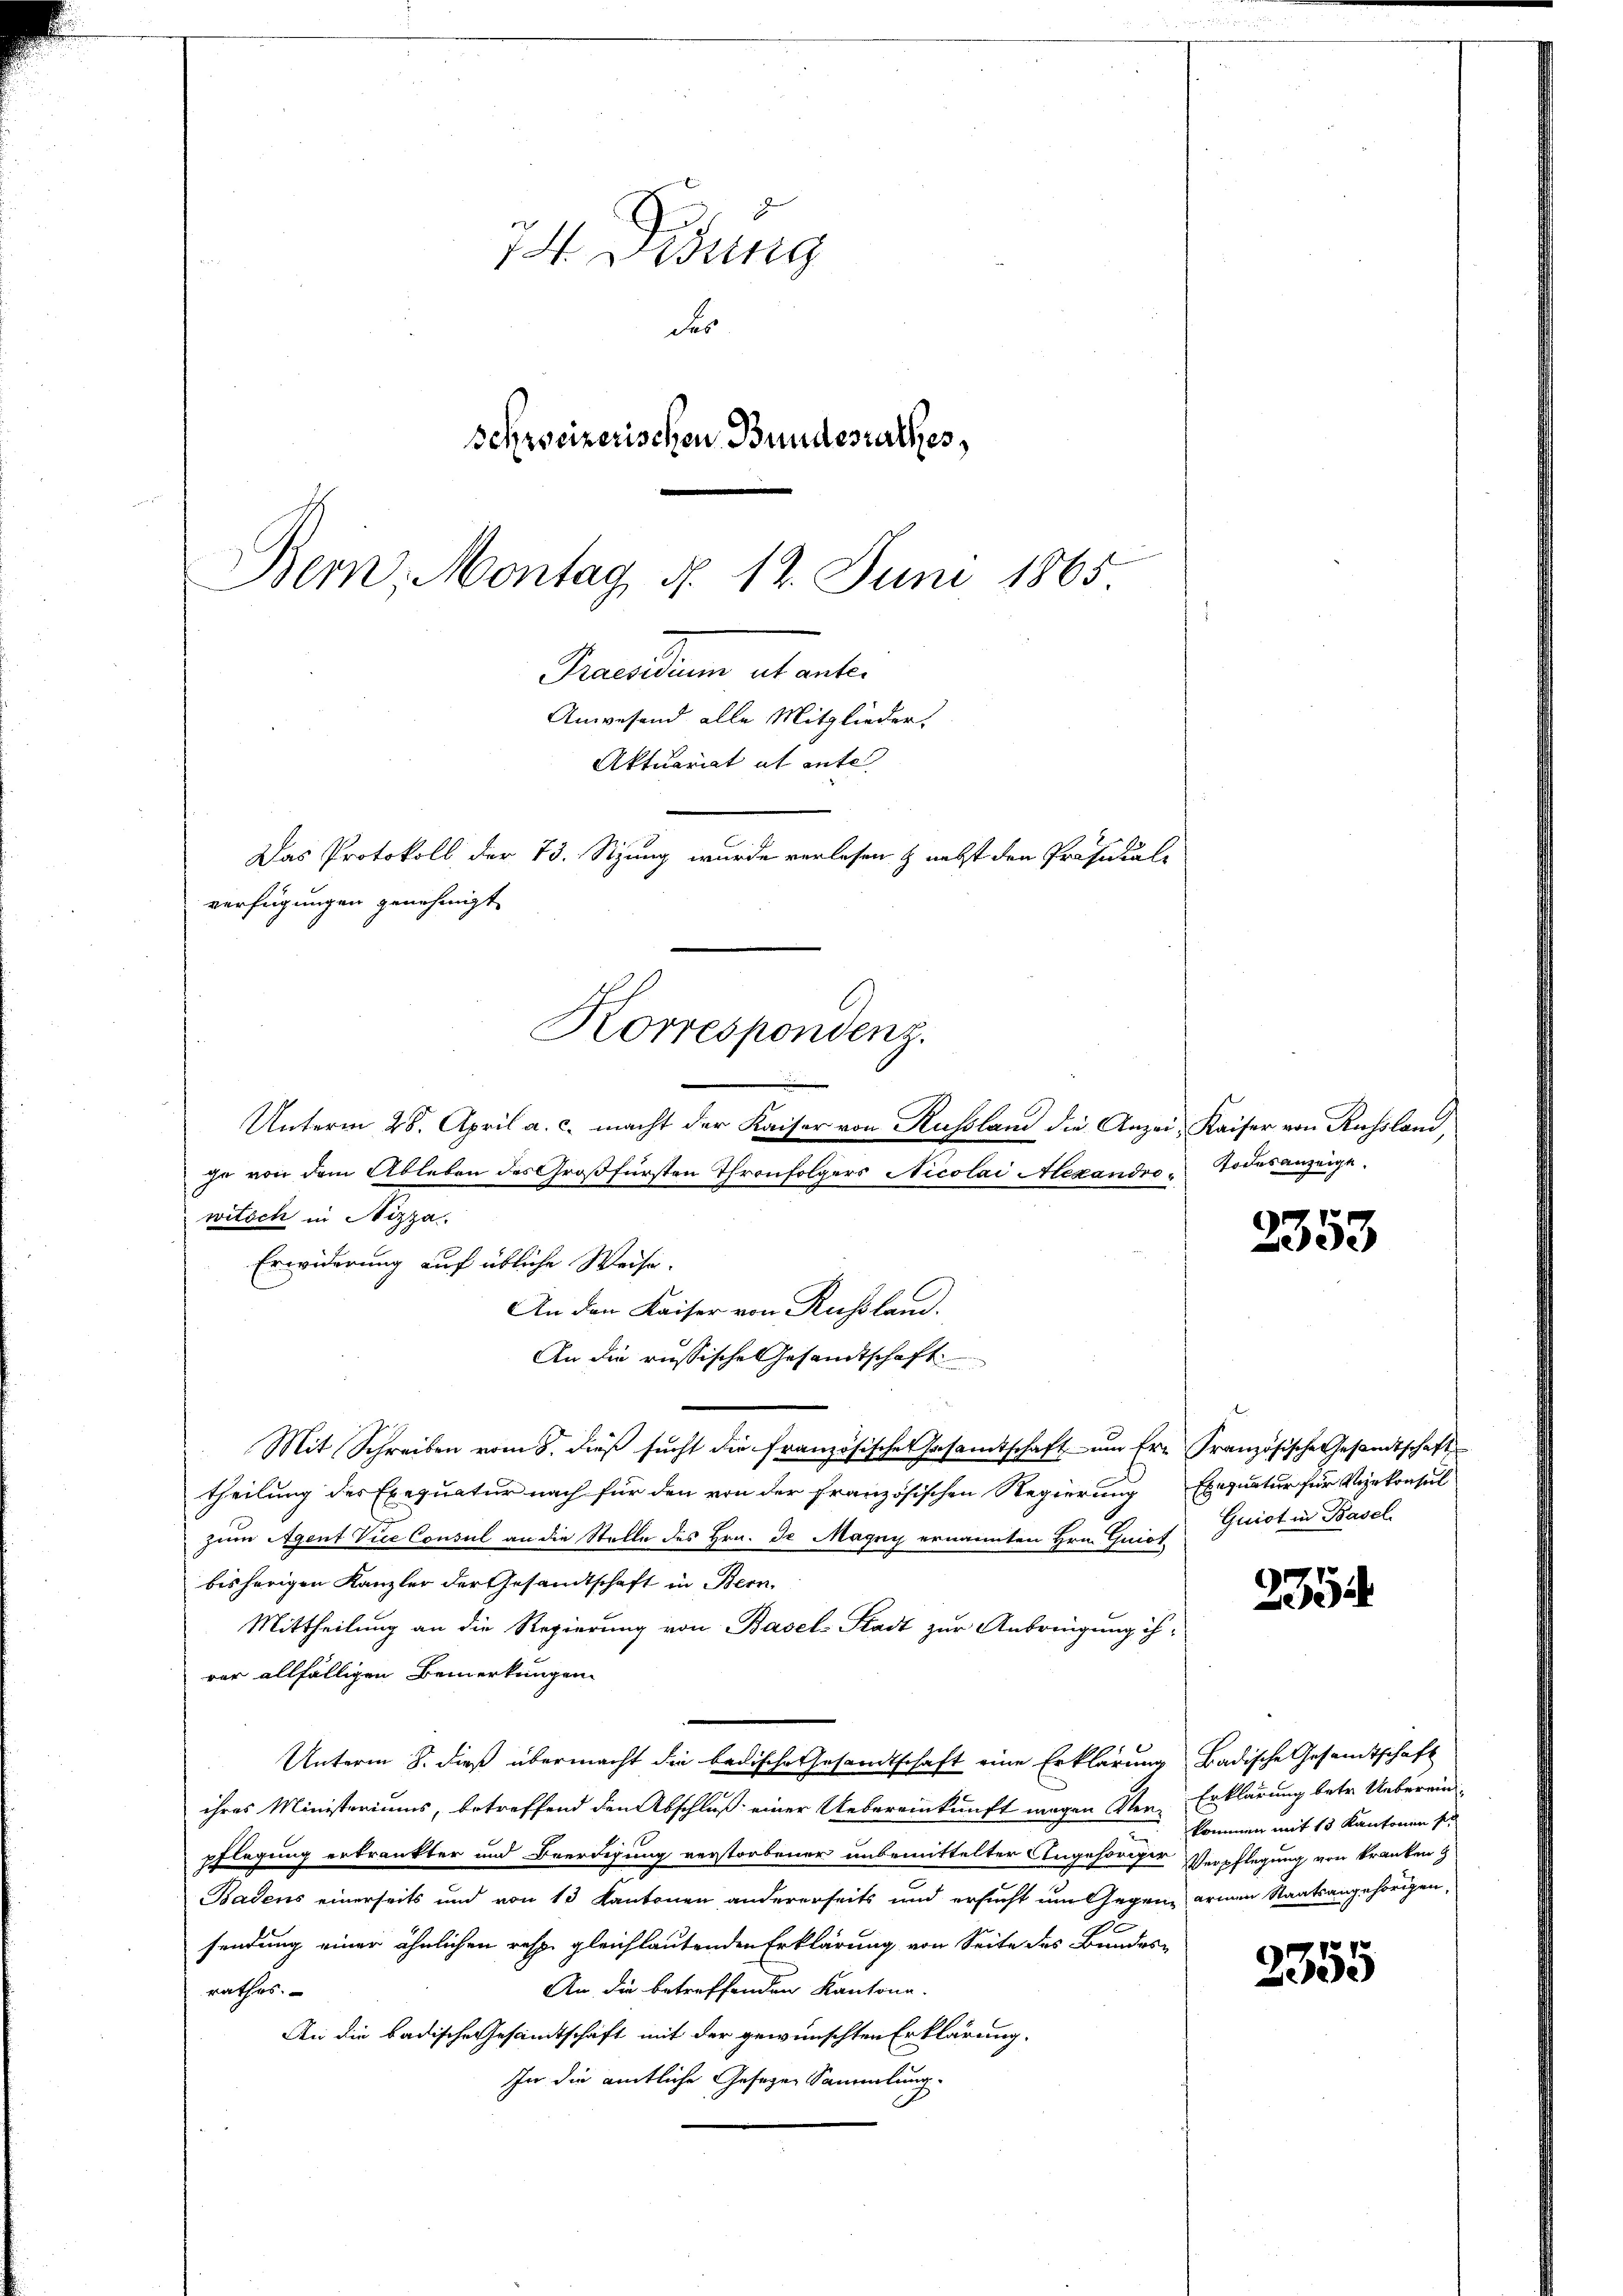
74. Didung
des
schweizerischen Bundesrathes,
Bern, Montag d. 12. Juni 1865
Brandum et ent¬

Anwesend alle Mitglieder,
Aktuariat et ente
Das Protokoll der 73. Sizung wurde verlesen & nebst den Professale
verfügungen genehmigt
Korrespondenz.

Unterm 28. April a. c. macht der Kaiser von Russland die Anzei- Kaiser von Russland,
je von dem Ableben des Großfürsten Thronfolgers Nicolai Alexandro- Todesanzeige.
witsch in Nizza
Erwiderung auf übliche Weise.
An den Kaiser von Russland.
An die russische Gesandtschaft
Mit Schreiben vom 8. dieß sucht die französische Gesamtschaft um Er- Französische Gesandtschaft
theilung des Exequatur nach für den von der französischen Regierung Exequatur für Vizekonsul
zum Agent Vice Consul an die Stelle des Hrn. Dr Magny ernannten Hrn. Grief Geist in Basel
bisherigen Kanzler der Gesandtschaft in Bern.
Mittheilung an die Regierung von Basel-Stadt zur Anbringung ih-
rer allfälligen Bemerkungen
Unterm 8. dieß übermacht die badische Gesandtschaft eine Erklärung Badische Gesamtschaft
ihres Ministeriums, betreffend den Abschluß einer Uebereinkunft wegen der Erklärung betr. Uebereinpflegung erkränkter und Beerdigung verstorbener unbemittelter Angehöriger Verpflegung von kranken
Badens einerseits und von 13 Kantonen andererseits und ersucht um Gegen armen Staatsangehörigen,
1.
sendung einer ähnlichen resp. gleichlautenden Erklärung von Seite des Bundes-
An die betreffenden Kantone.
rathes.
An die badische Gesamtschaft mit der gewünschten Erklärung.
In die amtliche Gesezen Sammlung.

2353

235

kommen mit 15 Kantonen sie

2355